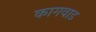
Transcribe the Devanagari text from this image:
कागवाड